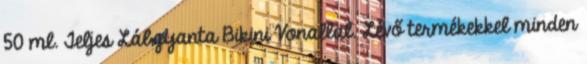
50 ml. Teljes Lábgyanta Bikini Vonallal. Lévő termékekkel minden